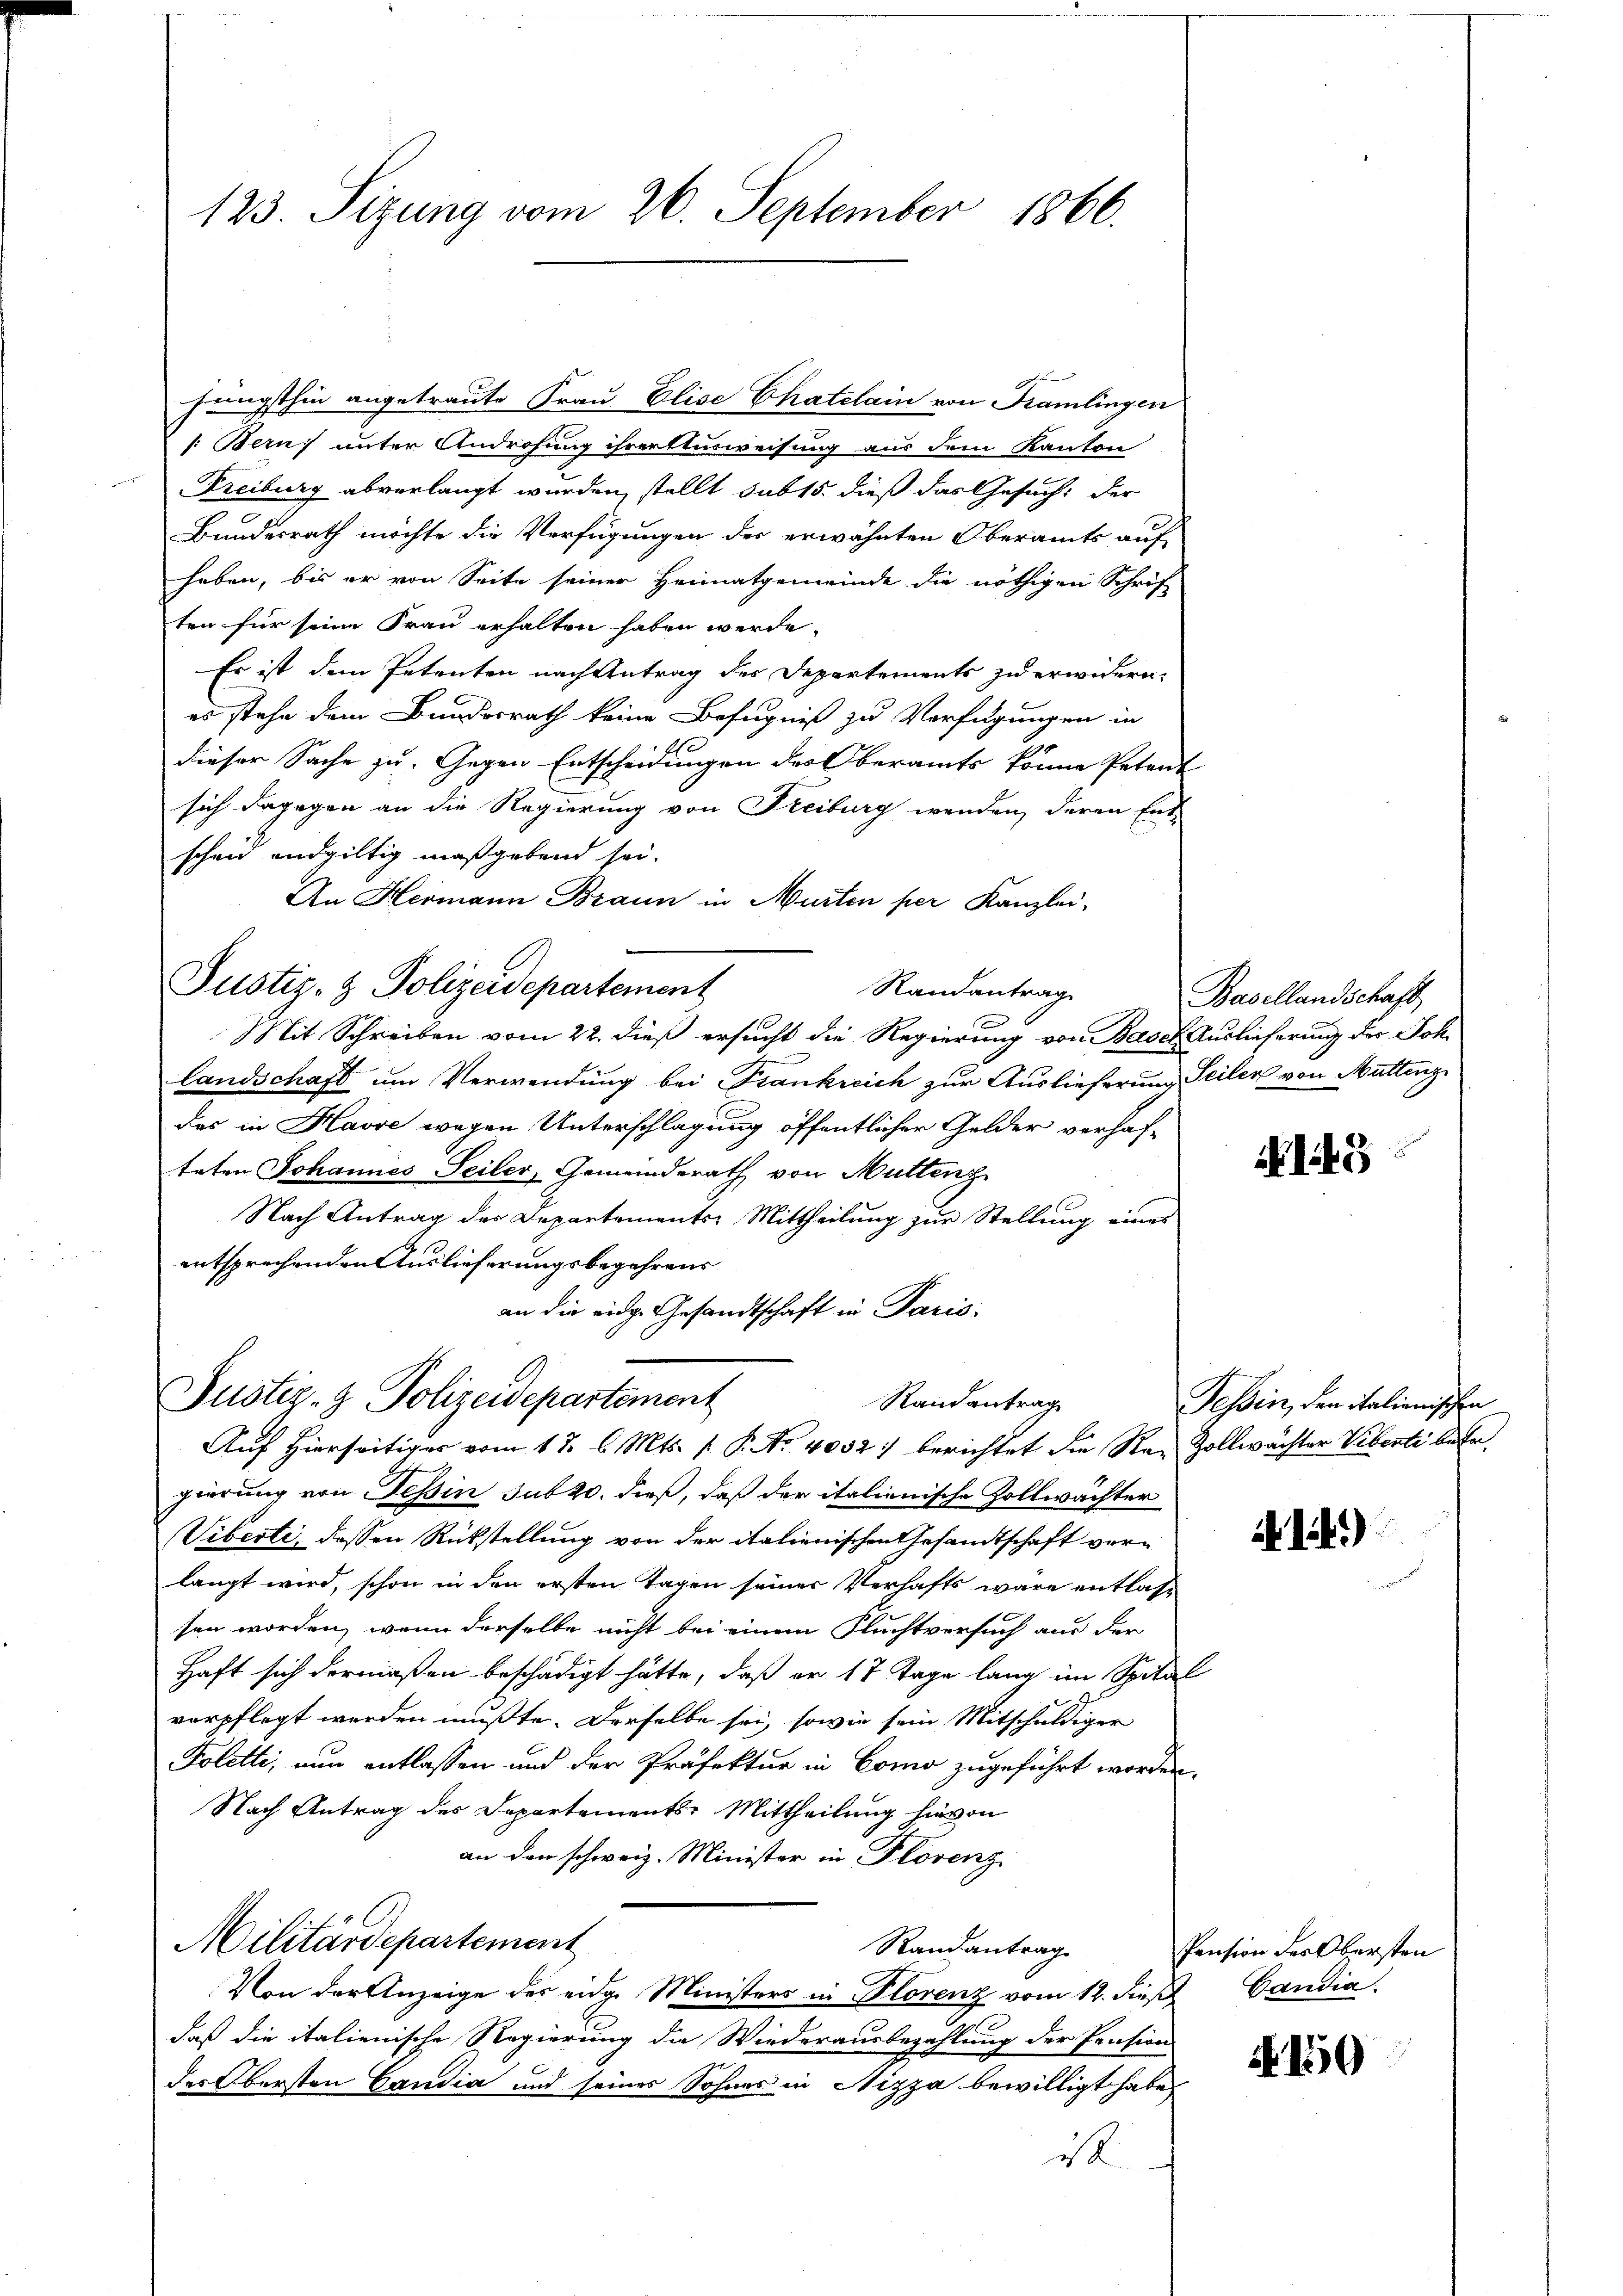
123. Sizung vom 26. September 1866.

jüngsthin angetraute Frau Elise Chatelain von Kramlingen
/: Bern unter Androhung ihrer Ausweisung aus dem Kanton
Freiburg abverlangt wurden, stellt sub 15. dieß das Gesuch: der
Bundesrath möchte die Verfügungen der erwähnten Oberamts auf
haben, bis er von Seite seiner Heimatgemeinde die nöthigen Schrift
ten für seine Frau erhalten haben werde.
Es ist dem Petenten nach Antrag des Departements zu erwidern.
es stehe dem Bundesrath keine Befugniß zu Verfügungen in
dieser Sache zu. Gegen Entscheidungen des Oberamts könne Petent
sich dagegen an die Regierung von Freiburg wenden, deren Ent-
scheid endgiltig maßgebend sei.
An Hermann Braun in Murten per Kanzlei-

Justiz- & Polizeidepartement
Randantrag

Justiz- & Polizeidepartement
Randantrag
Auf Hierseitiger vom 17. l. Mts. f. P. Nr. 4052) berichtet die Re-Zollwachter Viberti betr

Mit Schreiben vom 22. dieß ersucht die Regierung von Basel Auslieferung der Joh.
landschaft um Verwendung bei Frankreich zur Auslieferung Seiler von Muttenz
das in Havre wegen Unterschlagung öffentlicher Gelder verhaf-
taten Johannes Seiler, Gemeinderath von Mutteng
Nach Antrag des Departements-Mittheilung zur Stellung eines
entsprechenden Auslieferungsbegehrens
an die eidge Gesandtschaft in Paris:

gierung von Tessin sub 20. dieß, daß der italienische Zollwächter
Viberti, dessen Rükstellung von der italienischen Gesandtschaft verlangt wird, schon in den ersten Tagen seiner Verhafts wäre entlas-
sen worden, wenn derselbe nicht bei einem Fluchtversuch aus der
Haft sich dermaßen beschädigt hätte, daß er 17 Tage lang im Spital
verpflegt werden müßte. Derselbe sei, sowie sein Mitschuldiger
Foletti, nun entlassen und der Präfektur in Como zugeführt worden.
Nach Antrag des Departements-Mittheilung hievon
an den schweiz. Minister in Florenz
Militärdepartement
Randantrag
Von der Anzeige des eidg. Ministers in Plorenz vom 12. dieß Candia
daß die italienische Regierung die Wiederausbezahlung der Pension
des Obersten Candia und seines Sohnes in Nizza bewilligt habe,
ist

Basellandschaft

NI45

Tessin, den italienischen

124.)

Pension des Obersten

A 150